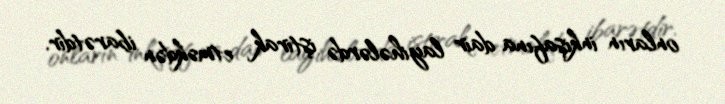
onların inkişafına dair layihələrdə iştirak etməkdən ibarətdir.